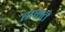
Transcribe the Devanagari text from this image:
राकते